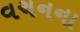
વચનના